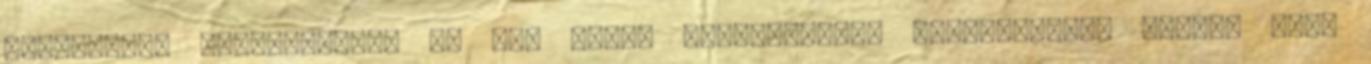
egyedileg, szemezgetve, de van kilós egységcsomag zsákbamacska alapon vagy